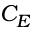
C _ { E }